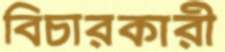
বিচারকারী